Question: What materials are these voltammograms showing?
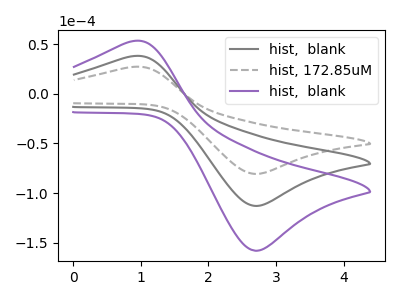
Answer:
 <answer>The gray curve is labeled "hist,  blank". The gray dashed curve is labeled "hist, 172.85uM". The purple curve is labeled "hist,  blank".</answer>
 <eval></eval>